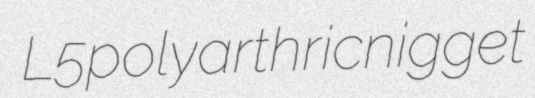
L5 polyarthric nigget